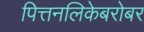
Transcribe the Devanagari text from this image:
पित्तनलिकेबरोबर